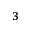
_ 3